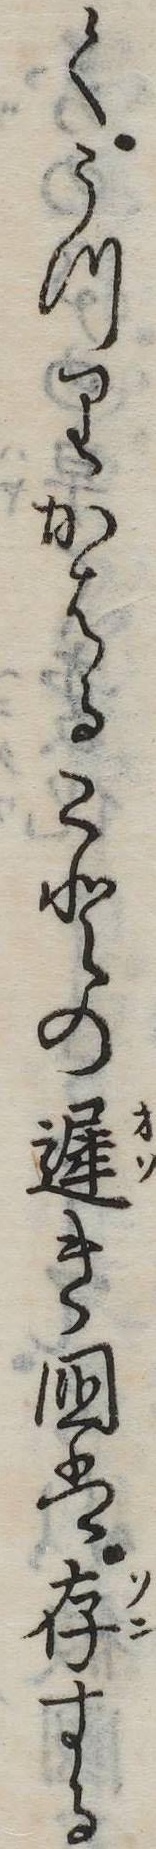
くうつりかはることの遅き国は存する